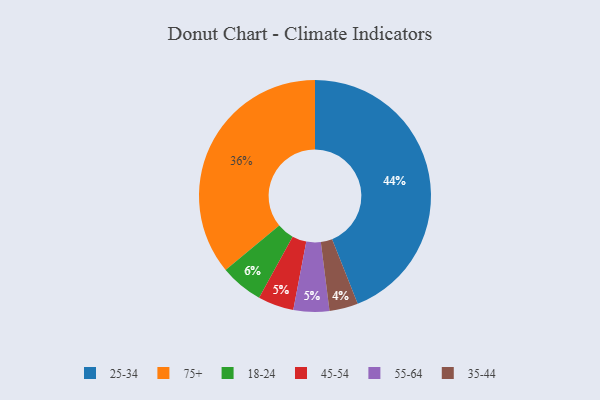
{"axis": {"x": "Category", "y": "Percentage"}, "legend": ["18-24", "25-34", "35-44", "45-54", "55-64", "75+"], "data": [{"x": "75+", "y": 36, "type": "75+"}, {"x": "45-54", "y": 5, "type": "45-54"}, {"x": "55-64", "y": 5, "type": "55-64"}, {"x": "35-44", "y": 4, "type": "35-44"}, {"x": "18-24", "y": 6, "type": "18-24"}, {"x": "25-34", "y": 44, "type": "25-34"}]}